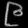
Digit: ၉